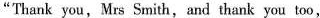
"Thank you, Mrs Smith,and thank you too,